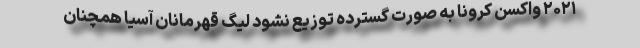
۲۰۲۱ واکسن کرونا به صورت گسترده توزیع نشود لیگ قهرمانان آسیا همچنان